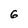
Character: 6